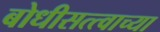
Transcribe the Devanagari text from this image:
बोधीसत्त्वाच्या